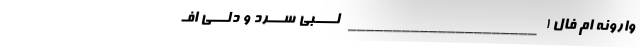
وارونه ام فال ! _____________________ لــــبی ســـرد و دلـــی افـ